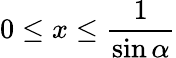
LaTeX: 0\leq x\leq\frac{1}{\sin{\alpha}}